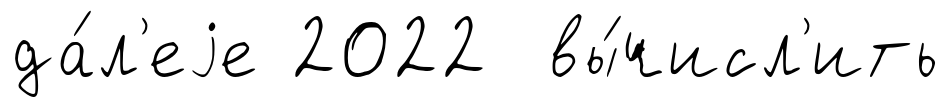
да́л'еjе 2022 вы́числ'ить